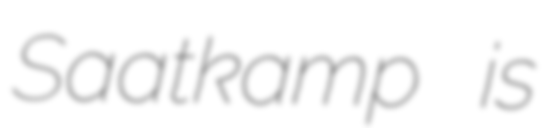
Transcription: Saatkamp is